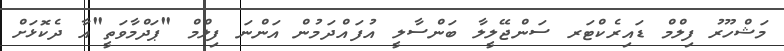
މަޝްހޫރު ފިލްމް ޑައިރެކްޓަރ ސަންޖޭލީލާ ބަންސާލީ އުފައްދަމުން އަންނަ ފިލްމް "ޕަދްމާވަތީ"އާ ދެކޮޅަށް